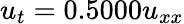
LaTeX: u_{t}=0.5000u_{xx}